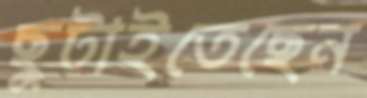
ছুটাইতেছেন